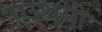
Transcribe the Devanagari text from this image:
एञ्थनी